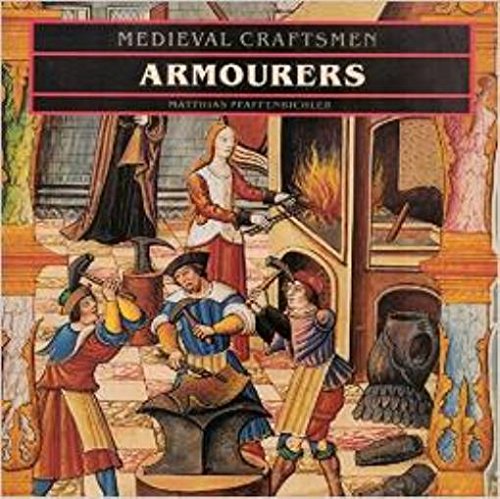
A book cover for Armourers (Medieval Craftsmen S.); Matthais Pfaffenbichler; Crafts, Hobbies & Home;